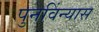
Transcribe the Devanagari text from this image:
पुनविंन्यास